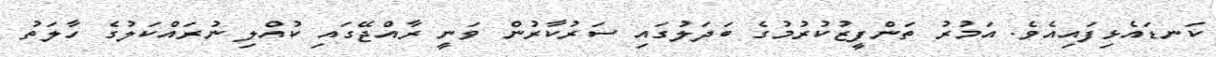
ކަނޑައެޅިފައިއެވެ. އަމުރު ތަންފީޒުކުރުމުގެ ބަދަލުގައި ސަރުކާރުން ވަނީ ރާއްޖޭގައި ކުއްލި ނުރައްކަލުގެ ހާލަތު